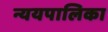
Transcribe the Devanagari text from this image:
न्ययपालिका